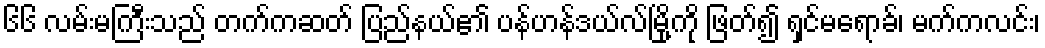
၆၆ လမ်းမကြီးသည် တက်ကဆတ် ပြည်နယ်၏ ပန်ဟန်ဒယ်လ်မြို့ကို ဖြတ်၍ ရှင်မရောခ်၊ မက်ကလင်း၊